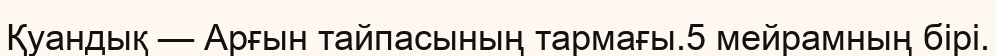
Қуандық — Арғын тайпасының тармағы.5 мейрамның бірі.